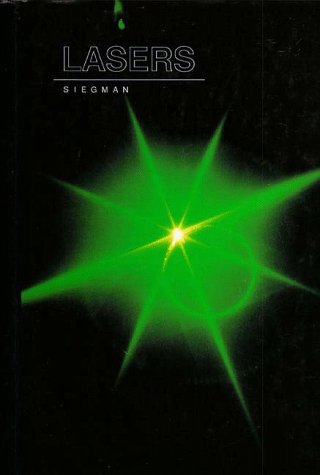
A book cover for Lasers; Anthony E. Siegman; Science & Math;